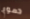
دموع